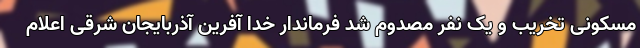
مسکونی تخریب و یک نفر مصدوم شد فرماندار خدا آفرین آذربایجان شرقی اعلام